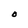
Character: O